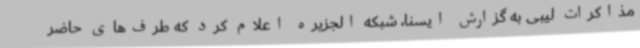
مذاکرات لیبی به گزارش ایسنا، شبکه الجزیره اعلام کرد که طرف‌های حاضر